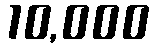
10,000